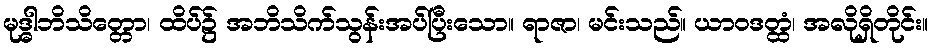
မုဒ္ဓါဘိသိတ္တော၊ ထိပ်၌ အဘိသိက်သွန်းအပ်ပြီးသော။ ရာဇာ၊ မင်းသည်။ ယာဝဒတ္ထံ၊ အလိုရှိတိုင်း။